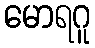
မောရဂူ